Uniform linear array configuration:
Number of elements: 12
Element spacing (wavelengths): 1
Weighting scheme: hann
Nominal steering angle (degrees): -15
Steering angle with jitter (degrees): -15.274
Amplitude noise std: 0.05
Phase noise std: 0.05

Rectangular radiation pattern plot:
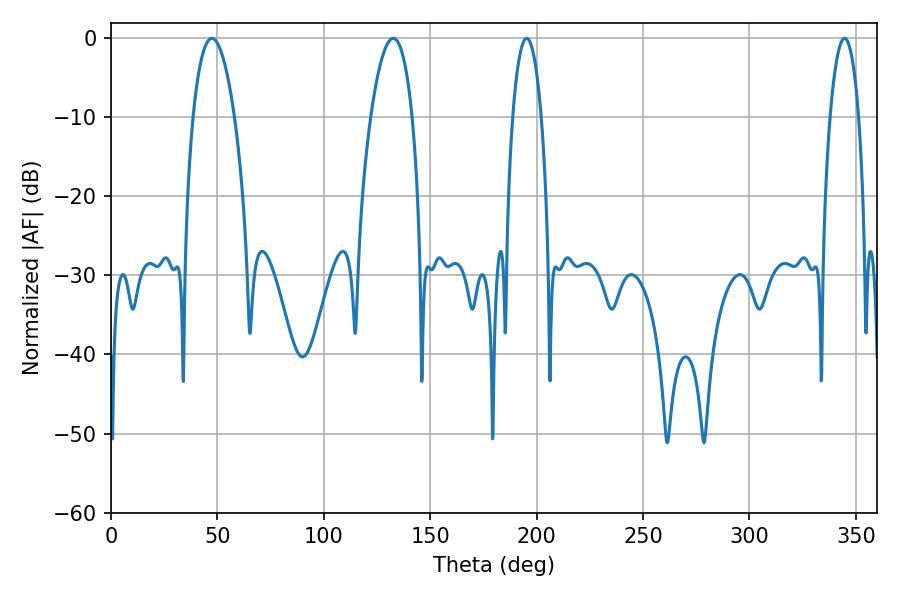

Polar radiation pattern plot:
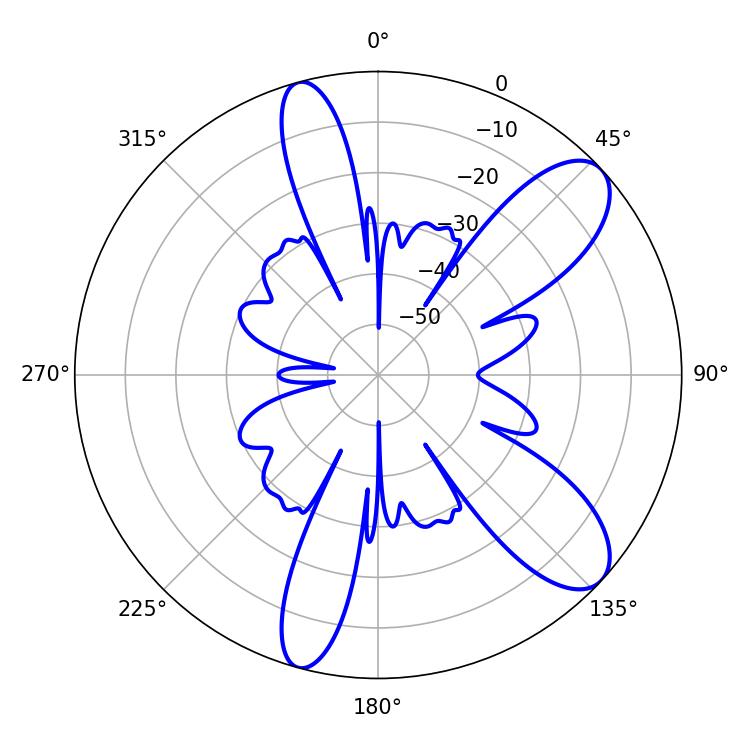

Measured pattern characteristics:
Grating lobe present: TRUE
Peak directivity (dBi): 9.508
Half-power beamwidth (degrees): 7.56
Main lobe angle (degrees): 344.7